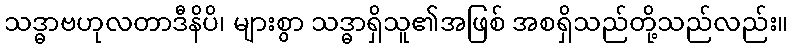
သဒ္ဓာဗဟုလတာဒီနိပိ၊ များစွာ သဒ္ဓာရှိသူ၏အဖြစ် အစရှိသည်တို့သည်လည်း။